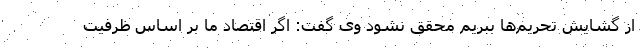
از گشایش تحریم‌ها ببریم محقق نشود وی گفت: اگر اقتصاد ما بر اساس ظرفیت